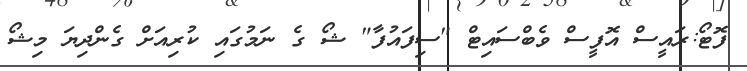
ފޮޓޯ:ރައީސް އޮފީސް ވެބްސައިޓް "ސިފައުފާ" ޝޯ ގެ ނަމުގައި ކުރިއަށް ގެންދިޔަ މިޝޯ